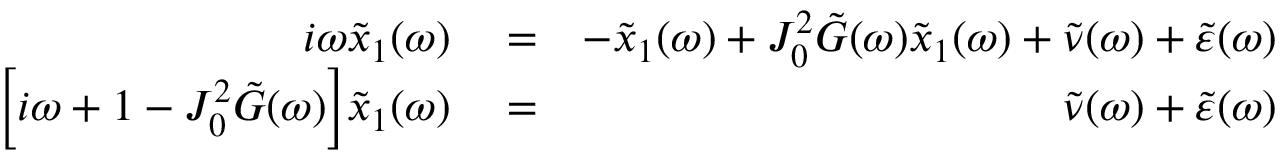
\begin{array} { r l r } { i \omega \tilde { x } _ { 1 } ( \omega ) } & { { } = } & { - \tilde { x } _ { 1 } ( \omega ) + J _ { 0 } ^ { 2 } \tilde { G } ( \omega ) \tilde { x } _ { 1 } ( \omega ) + \tilde { \nu } ( \omega ) + \tilde { \varepsilon } ( \omega ) } \\ { \Big [ i \omega + 1 - J _ { 0 } ^ { 2 } \tilde { G } ( \omega ) \Big ] \tilde { x } _ { 1 } ( \omega ) } & { { } = } & { \tilde { \nu } ( \omega ) + \tilde { \varepsilon } ( \omega ) } \end{array}